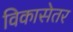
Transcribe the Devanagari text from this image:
विकासेतर